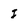
Character: I